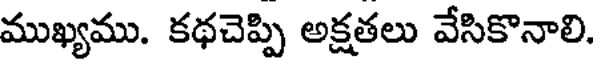
ముఖ్యము. కథచెప్పి అక్షతలు వేసికొనాలి.